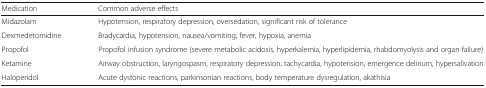
| Medication | Common adverse effects |
 | --- | --- |
 | Midazolam | Hypotension, respiratory depression, oversedation, significant risk of tolerance |
 | Dexmedetomidine | Bradycardia, hypotension, nausea/vomiting, fever, hypoxia, anemia |
 | Propofol | Propofol infusion syndrome (severe metabolic acidosis, hyperkalemia, hyperlipidemia, rhabdomyolysis and organ failure) |
 | Ketamine | Airway obstruction, laryngospasm, respiratory depression, tachycardia, hypotension, emergence delirium, hypersalivation |
 | Haloperidol | Acute dystonic reactions, parkinsonian reactions, body temperature dysregulation, akathisia |